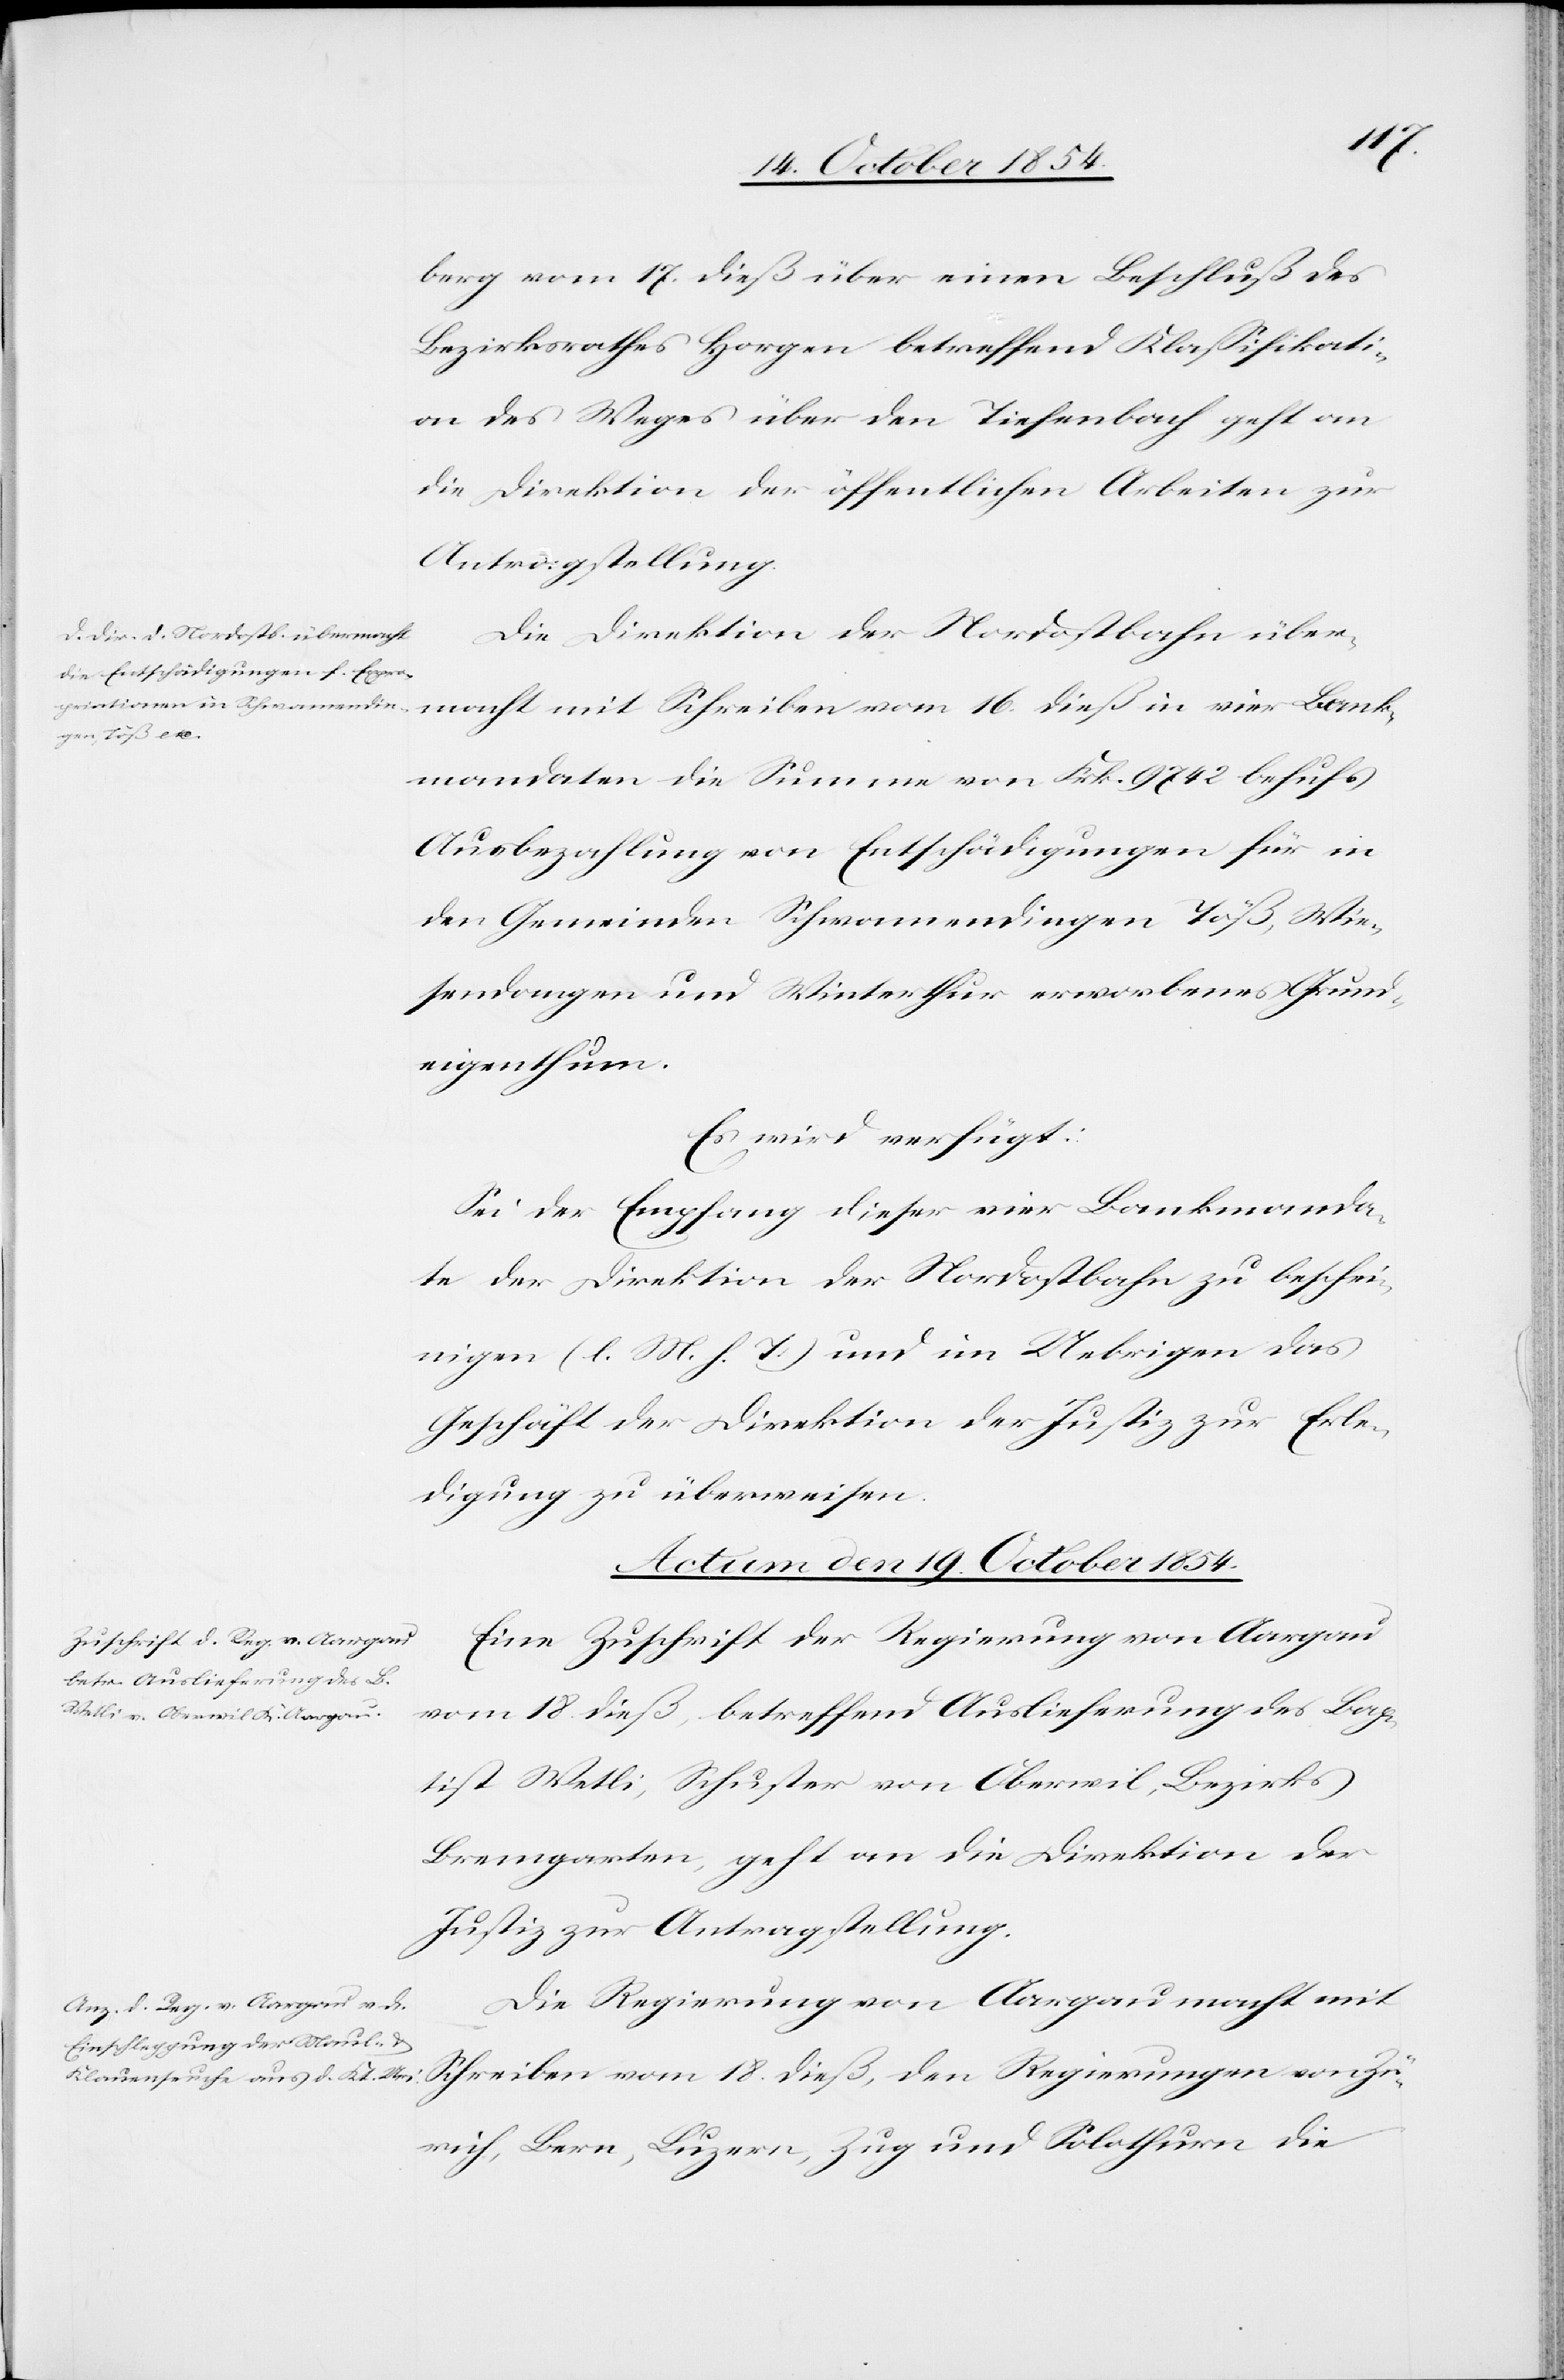
18.
berg vom 17. dieß über einen Beschluß des
Bezirksrathes Horgen betreffend Klaßifikati¬
on des Weges über den Tiefenbach geht an
die Direktion der öffentlichen Arbeiten zur
Antragstellung.
Die Direktion der Nordostbahn über¬
Bankmandaten die Summe von Frk. 9742 behufs
Ausbezahlung von Entschädigungen für in
den Gemeinden Schwamendingen Töß, Wie¬
sendangen und Winterthur erworbenes Grund¬
eigenthum.
Es wird verfügt:
Sei der Empfang dieser vier Bankmanda¬
te der Direktion der Nordostbahn zu beschei¬
nigen (l. M. h. T.) und im Uebrigen das
Geschäft der Direktion der Justiz zur Erle¬
digung zu überweisen.
Actum den 19. October 1854.]
Eine Zuschrift der Regierung von Aargau
vom 18. dieß, betreffend Auslieferung des Bap¬
tist Wetli, Schuster von Oberwil, Bezirks
Bremgarten, geht an die Direktion der
Justiz zur Antragstellung.
Die Regierung von Aargau macht mit
Zürich, Bern, Luzern, Zug und Solothurn die